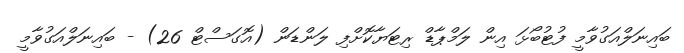
ބައިނަލްއަގުވާމީ ފުޓުބޯޅަ އިން ލަމްޕާޑް ރިޓަޔާކޮށްފި ލަންޑަން (އޮގަސްޓް 26) - ބައިނަލްއަގުވާމީ